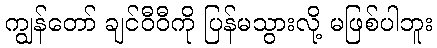
ကျွန်တော် ချင်ဝီဝီကို ပြန်မသွားလို့ မဖြစ်ပါဘူး